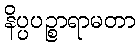
နိပ္ပပဉ္စာရာမတာ